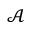
\mathscr { A }